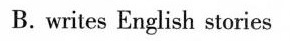
B.writes English stories